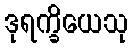
ဒုရက္ခိယေသု